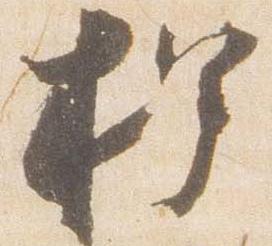
押